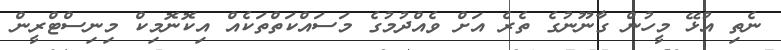
ނެތި އުޅޭ މީހުން ގާނޫނުގެ ތެރެ އަށް ވެއްދުމުގެ މަސައްކަތްތަކެއް އިކޮނޮމިކް މިނިސްޓްރީން